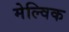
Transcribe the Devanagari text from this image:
मेल्विक